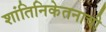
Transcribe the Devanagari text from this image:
शांतिनिकेतनाची